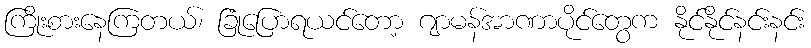
ကြိုးစားနေကြတယ်၊ ခြုံပြောရယင်တော့ ဂျာမန်အာဏာပိုင်တွေက နိုင်နိုင်နင်းနင်း